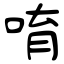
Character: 唷